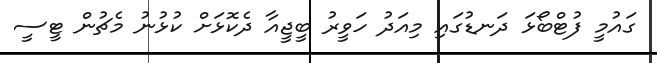
ގައުމީ ފުޓްބޯޅަ ދަނޑުގައި މިއަދު ހަވީރު ބީޖީއާ ދެކޮޅަށް ކުޅުނު މެޗުން ޓީސީ